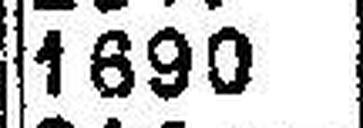
1690